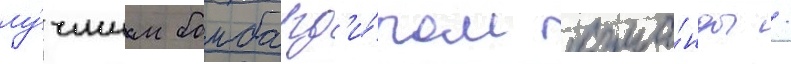
лу́чшим бомбард'и́ром кома́нды /